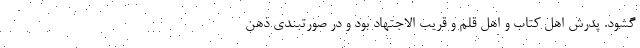
گشود. پدرش اهل کتاب و اهل قلم و قریب الاجتهاد بود و در صورتبندی ذهن